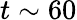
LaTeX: t\sim 60